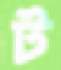
ট